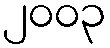
၂၀၀၃